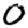
Digit: 0